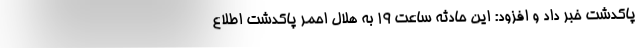
پاکدشت خبر داد و افزود: این حادثه ساعت ۱۹ به هلال احمر پاکدشت اطلاع